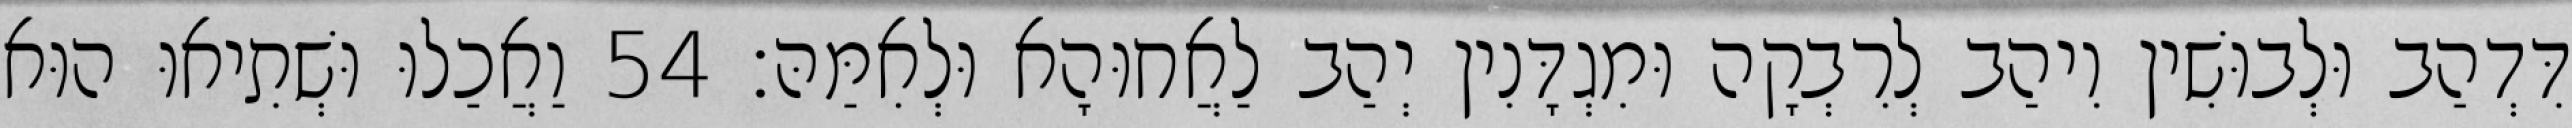
דִּדְהַב וּלְבוּשִׁין וִיהַב לְרִבְקָה וּמִגְדָּנִין יְהַב לַאֲחוּהָא וּלְאִמַּהּ׃ 54 וַאֲכַלוּ וּשְׁתִיאוּ הוּא